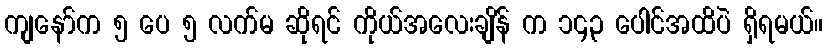
ကျနော်က ၅ ပေ ၅ လက်မ ဆိုရင် ကိုယ်အလေးချိန် က ၁၄၃ ပေါင်အထိပဲ ရှိရမယ်။